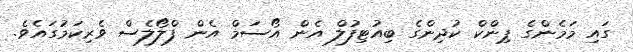
ގައި މަމެންގެ ޕިންކް ކުދިންގެ ބިއުޓިފުލް އެން އޯސަމް އެން ފްލޯލެސް ވެރިކަމުގައެވެ.